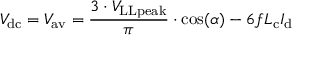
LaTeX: { V _ { \mathrm { d c } } = V _ { \mathrm { a v } } = { \frac { 3 \cdot V _ { \mathrm { L L p e a k } } } { \pi } } \cdot \cos ( \alpha ) } - { 6 f L _ { \mathrm { c } } I _ { \mathrm { d } } }